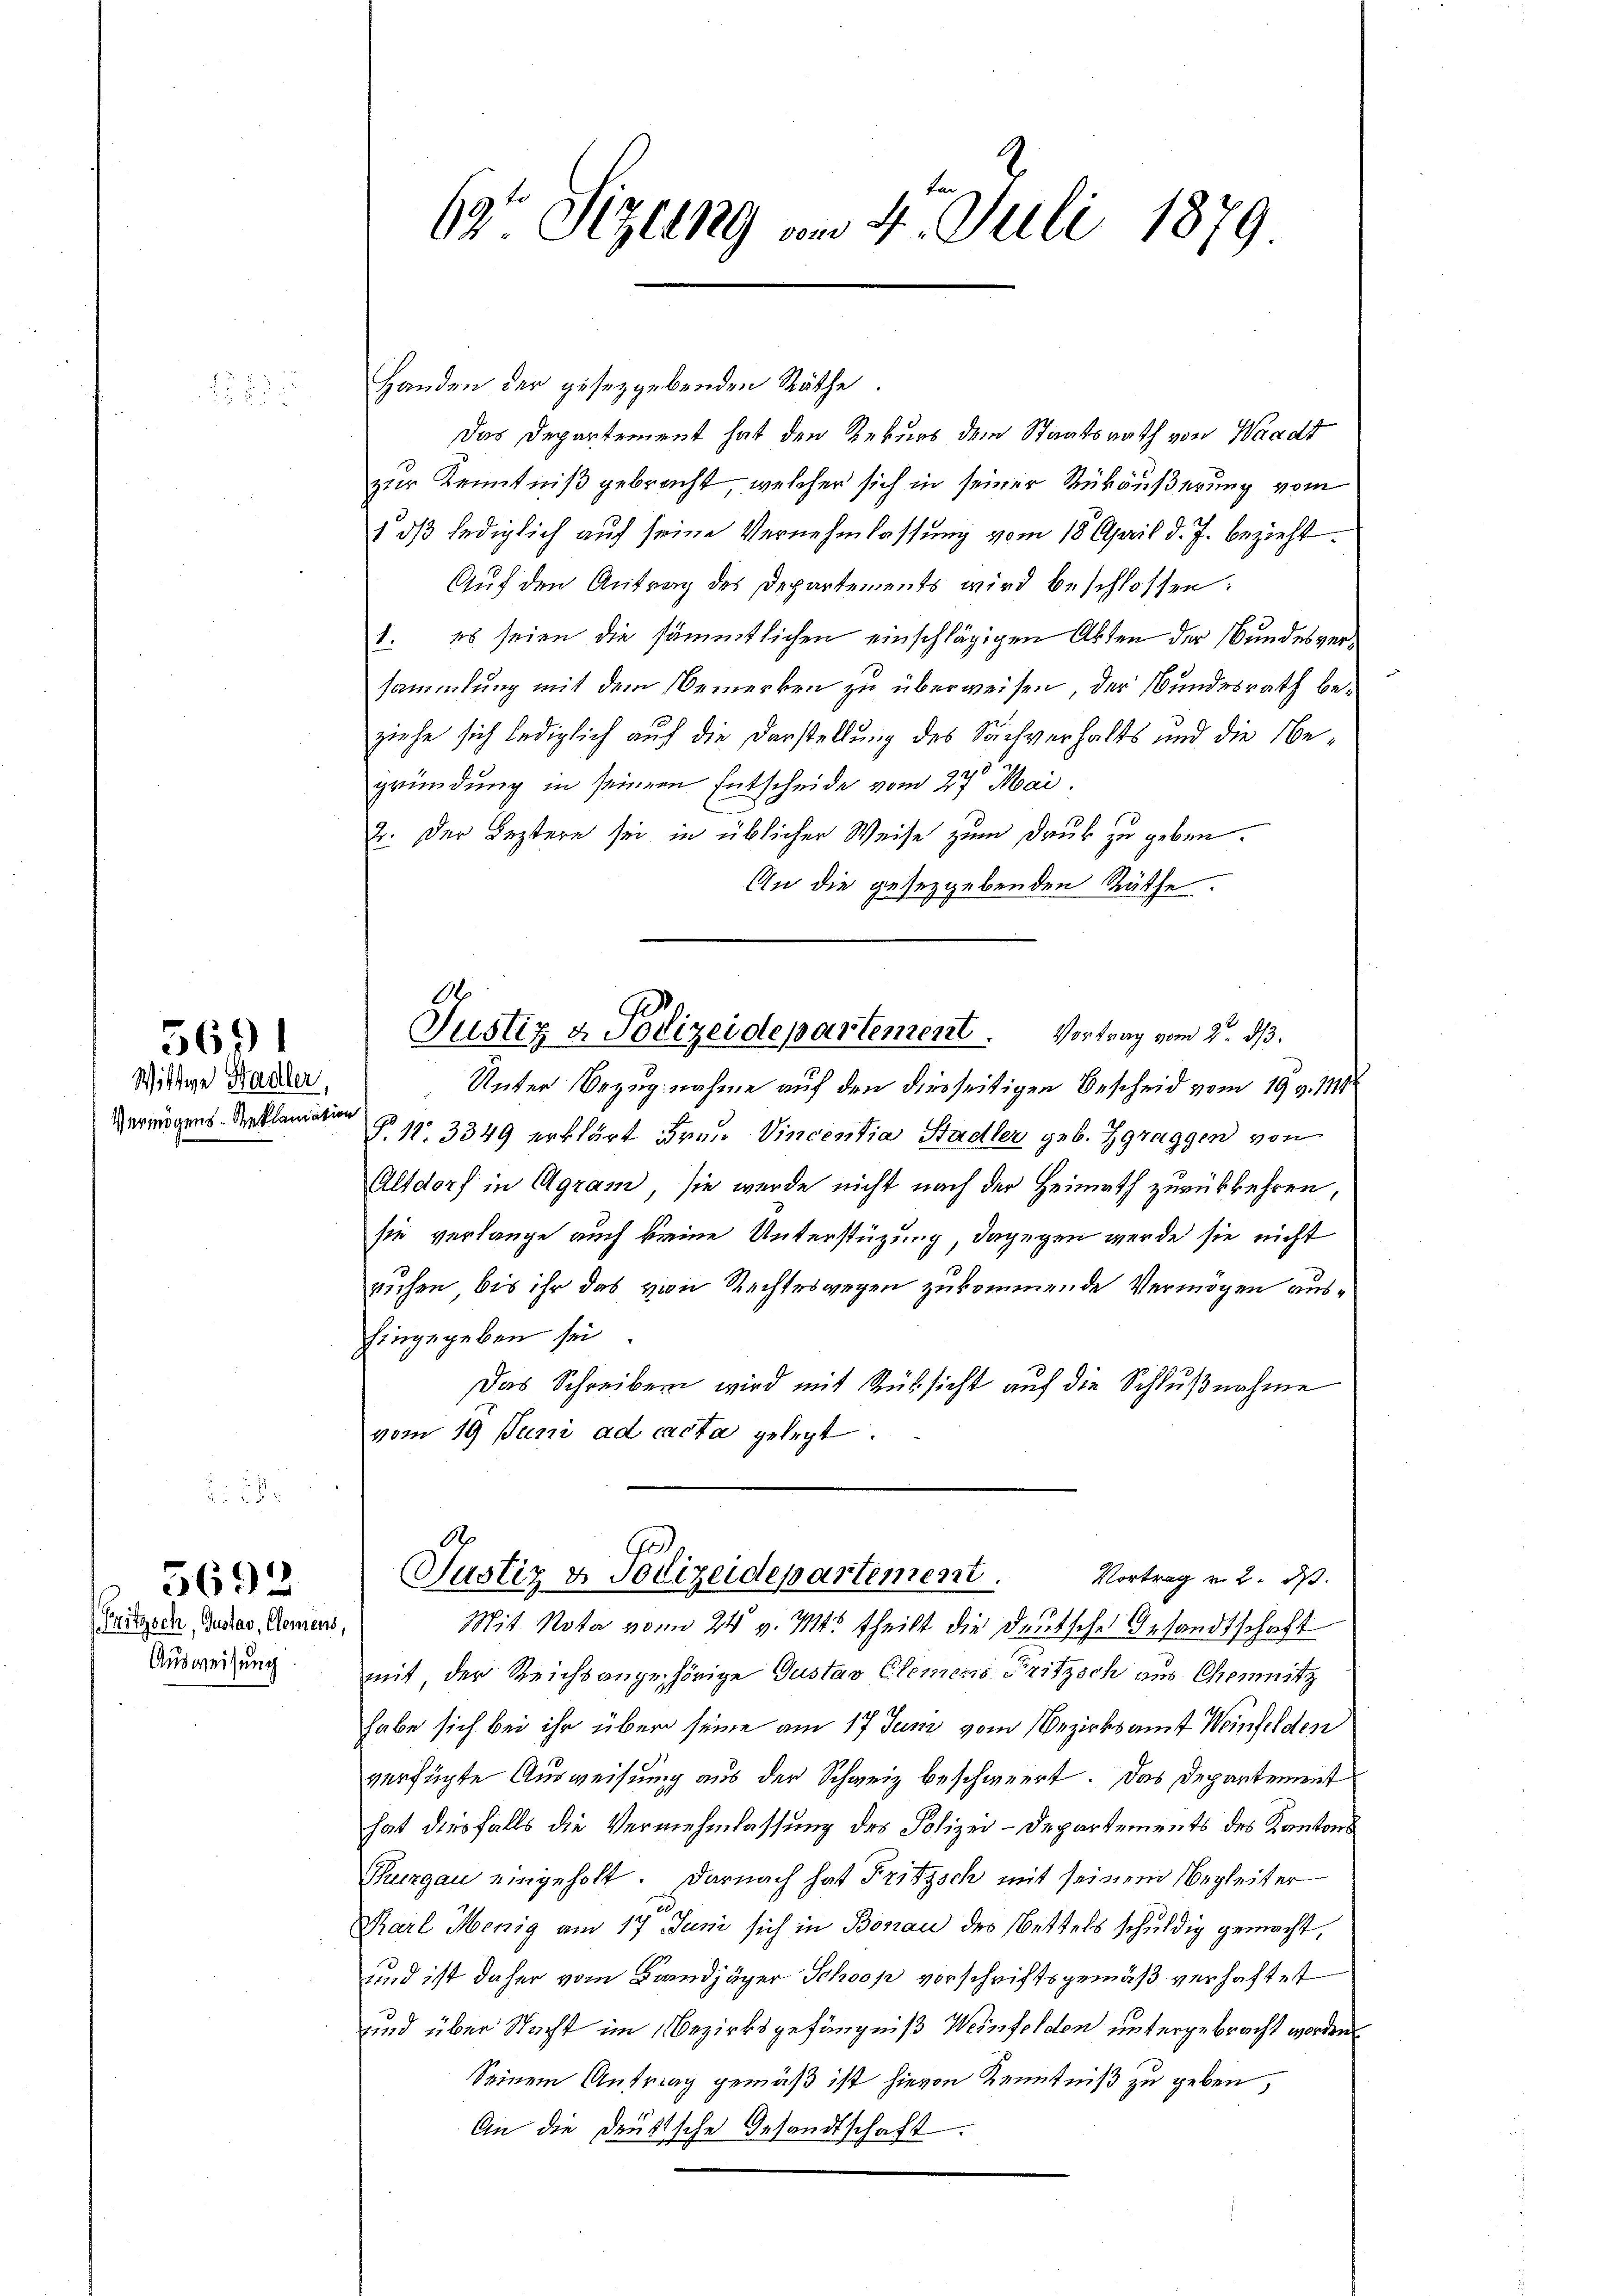
5691

Wittwe Badler,
Vermögens-Reklamation

1883

1

5692

Pritzsch, Gustav, Clemens,
Ausweisung

69 Sizung vom 4. Juli 1879.

Handen der gesezgebenden Räthe
Das Departement hat den Rekurs dem Staatsrath von Waadt
zur Kenntniß gebracht, welcher sich in seiner Rückäußerung vom
1 dβ lediglich auf seine Vernehmlassung vom 18. April d. J. bezieht.
Auf den Antrag des Departements wird beschlossen:
1. es seien die sämmtlichen einschlägigen Akten der Bundesversammlung mit dem Bemerken zu überweisen, der Bundesrath beziehe sich lediglich auf die Darstellung des Sachverhalts und die Begründung in seinem Entscheide vom 27. Mai.
2. Der Leztere sei in üblicher Weise zum Dank zu geben.
An die gesezgebenden Räthe
Unter Bezugnahme auf den diesseitigen Bescheid vom 19. v. 111
S. 11. 3349 erklärt Frau Vincentia Stadler geb. Zgraggen von
Altdorf in Agram, sie werde nicht nach der Heimath zurükkehren,
sie verlange auch keine Unterstüzung, dagegen werde sie nicht
ruhen, bis ihr das von Rechteswegen zukommende Vermögen aus¬
Eingegeben sei
Das Schreiben wird mit Rücksicht auf die Schlußnahme
vom 19 Juni ad cacta gelegt.
Justiz & Polizeidepartement.
Vortrag v. 2. ds.
Mit. Nota vom 24. v. Mts. theilt die deutsche Gesandtschaft
mit der Reichsangehörige Gustav Clemens Fritzsch aus Chemnitz
habe sich bei ihr über seine am 17 Juni vom Bezirksamt Weinfelden
verfügte Ausweisung aus der Schweiz beschwert. Das Departement
hat diesfalls die Vermehmlassung des Polizei-Departements des Kantons¬
Thurgau eingeholt. Darnach hat Fritzsch mit seinem Begleiter
Karl Menig am 17. Juni sich in Bonau des Bettels schuldig gemacht,
und ist daher vom Frandjäger Schoop vorschriftsgemäß verhaftet
und über Nacht im Bezirksgefängniß Weinfelden untergebracht worden
Seinem Antrag gemäß ist hievon Kenntniß zu geben,
An die deutsche Gesandtschaft.

O
Justiz & Polizeidepartement. Vortrag vom 2. ds.